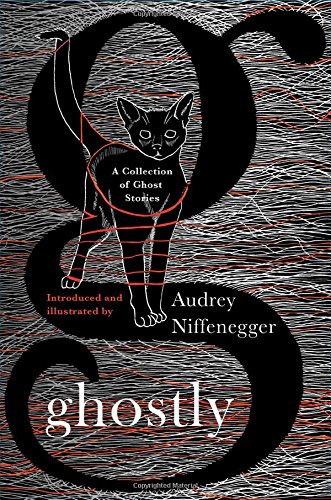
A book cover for Ghostly: A Collection of Ghost Stories; Audrey Niffenegger; Literature & Fiction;